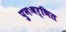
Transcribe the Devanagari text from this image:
पुनःवर्णित